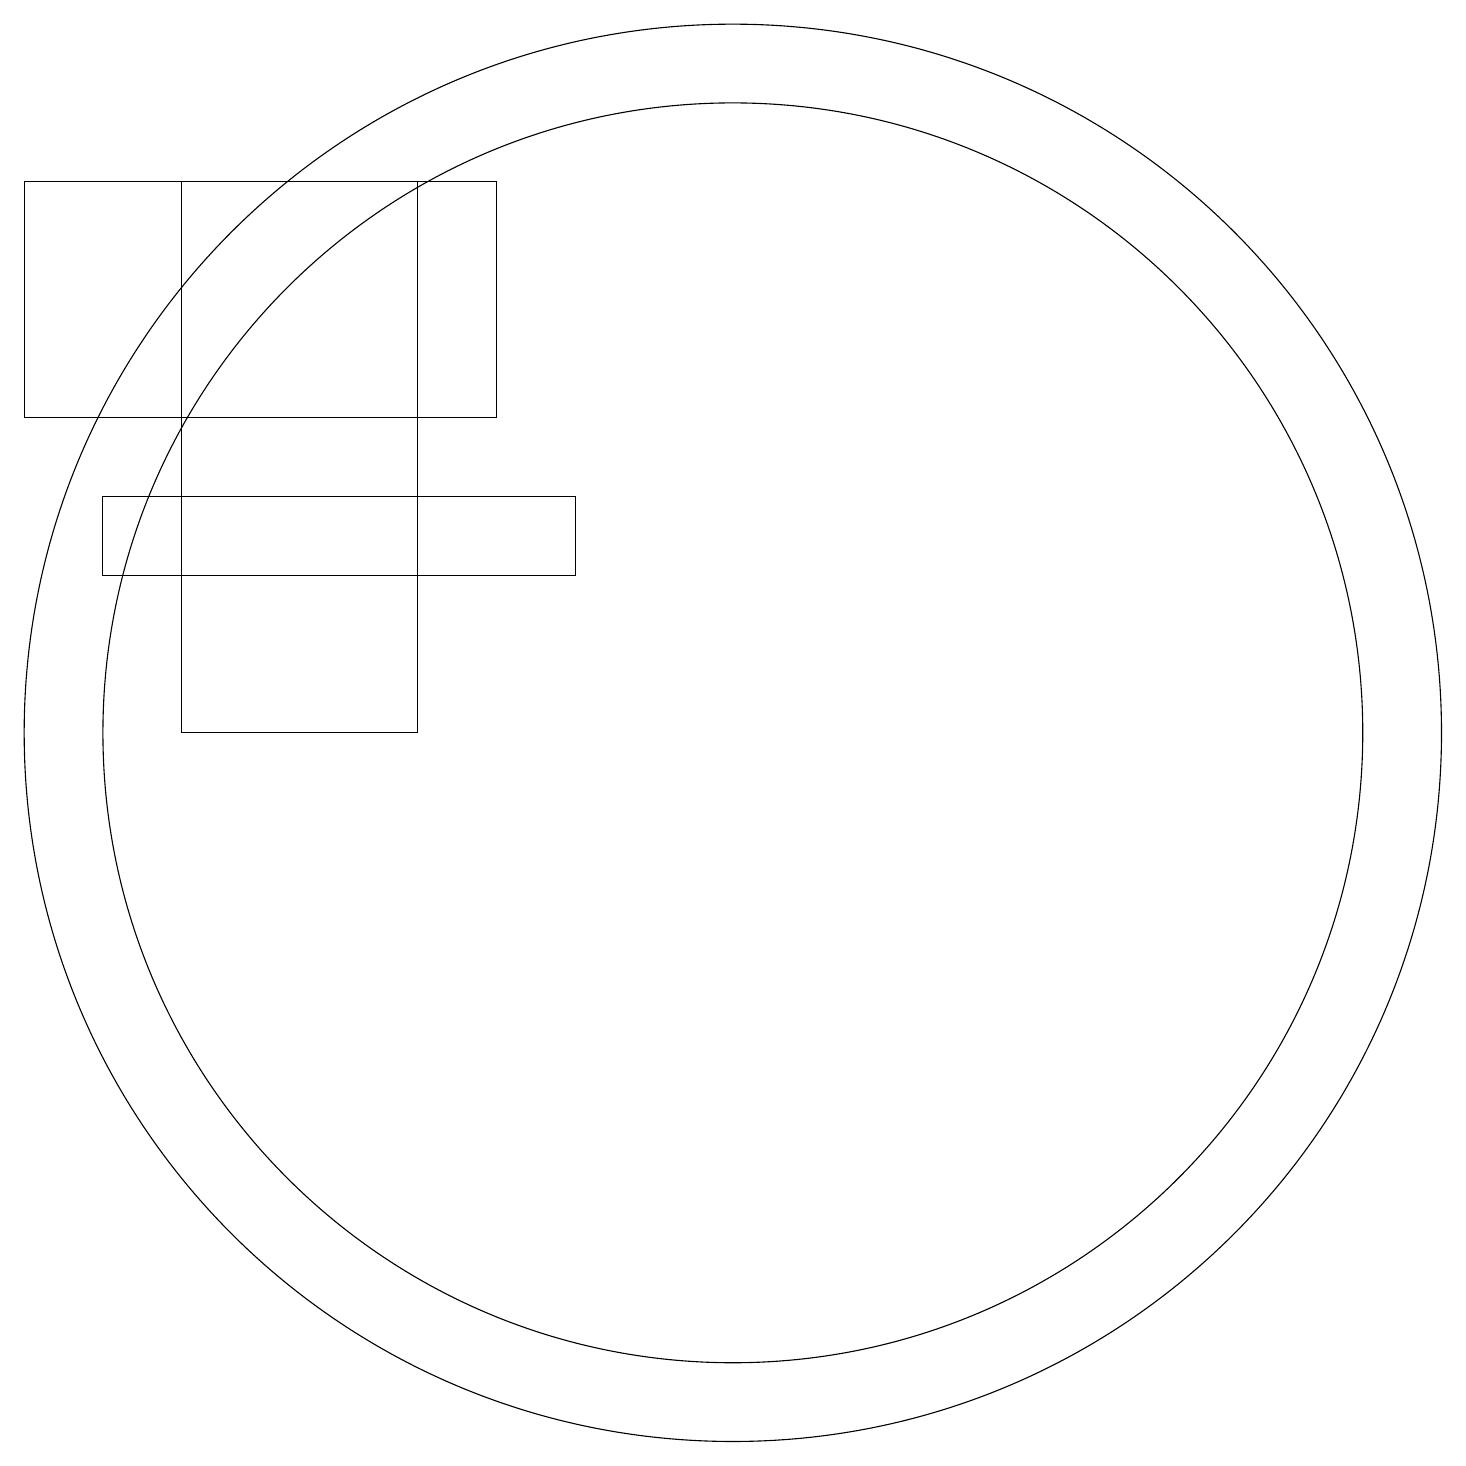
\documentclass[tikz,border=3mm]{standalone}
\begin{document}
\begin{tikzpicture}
\draw (7,17) rectangle (4,10);
\draw (2,14) rectangle (8,17);
\draw (3,12) rectangle (9,13);
\draw (11,10) circle (9);
\draw (11,10) circle (8);
\draw (11,11) circle (0);
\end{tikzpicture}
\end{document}